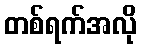
တစ်ရက်အလို